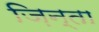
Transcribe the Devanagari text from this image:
ज़िन्ता